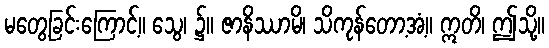
မတွေ့ခြင်းကြောင့်။ သွေ၊ ၌။ ဇာနိဿာမိ၊ သိကုန်တော့အံ့။ ဣတိ၊ ဤသို့။